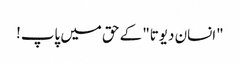
"انسان دیوتا" کے حق میں پاپ!